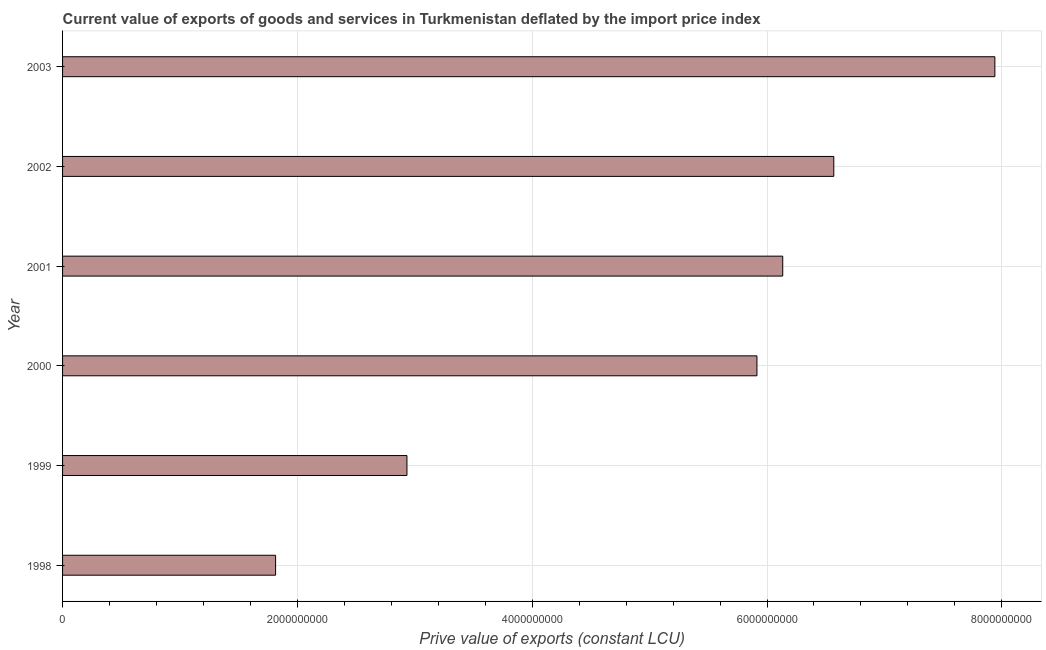
| Year | Exports as a capacity to import (constant LCU) |
 | --- | --- |
 | 1998 | 1.81e+09 |
 | 1999 | 2.93e+09 |
 | 2000 | 5.91e+09 |
 | 2001 | 6.13e+09 |
 | 2002 | 6.57e+09 |
 | 2003 | 7.94e+09 |